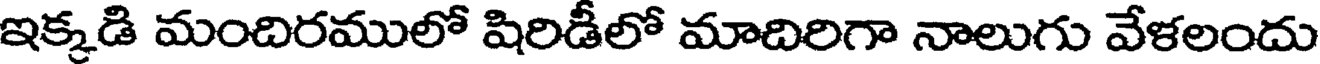
ఇక్కడి మందిరములో షిరిడీలో మాదిరిగా నాలుగు వేళలందు